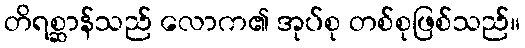
တိရစ္ဆာန်သည် လောက၏ အုပ်စု တစ်စုဖြစ်သည်။